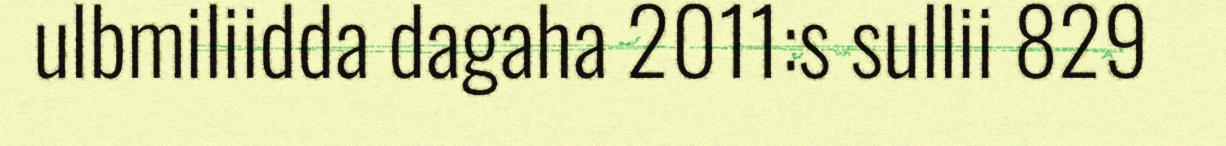
ulbmiliidda dagaha 2011:s sullii 829